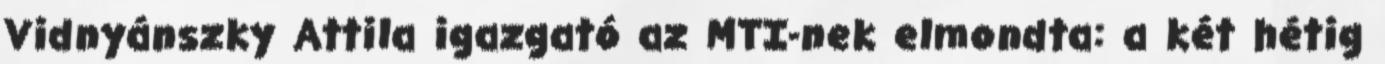
Vidnyánszky Attila igazgató az MTI-nek elmondta: a két hétig